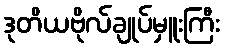
ဒုတိယဗိုလ်ချုပ်မှူးကြီး